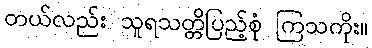
တယ်လည်း သူရသတ္တိပြည့်စုံ ကြသကိုး။